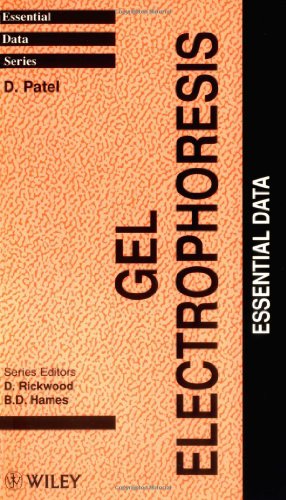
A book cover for Gel Electrophoresis: Essential Data (Essential Data Series); D. Patel; Science & Math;